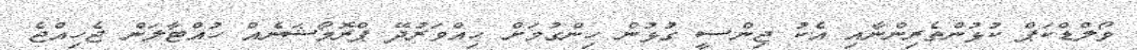
ވޯލްޑްކަޕް ކުޅުންތެރިންނާއި އެކު ޖިންސީ ގުޅުން ހިންގުމަށް ހިއްވަރުދޭ ޕްރޮމޯޝަނެއް ހުއްޓާލަން ޖެހިއްޖެ